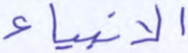
الأنبياء